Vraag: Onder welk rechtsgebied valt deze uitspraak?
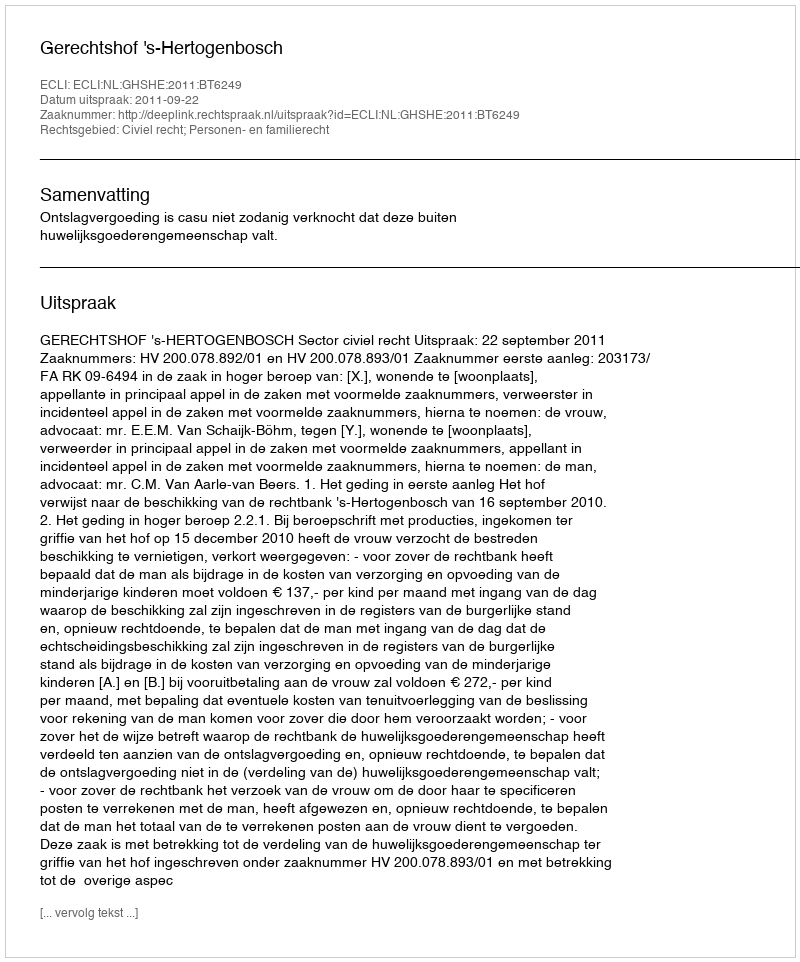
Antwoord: Civiel recht; Personen- en familierecht